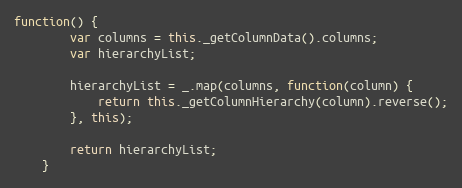
Language: JavaScript
function() {
        var columns = this._getColumnData().columns;
        var hierarchyList;

        hierarchyList = _.map(columns, function(column) {
            return this._getColumnHierarchy(column).reverse();
        }, this);

        return hierarchyList;
    }